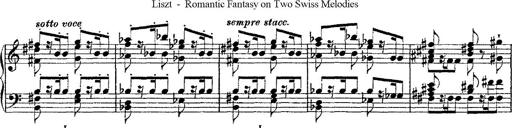
Title: Fantaisie romantique sur deux mÃ©lodies suisses
Composer: Franz Liszt